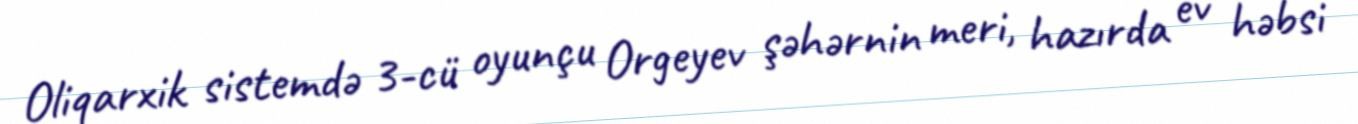
Oliqarxik sistemdə 3-cü oyunçu Orgeyev şəhərnin meri, hazırda ev həbsi